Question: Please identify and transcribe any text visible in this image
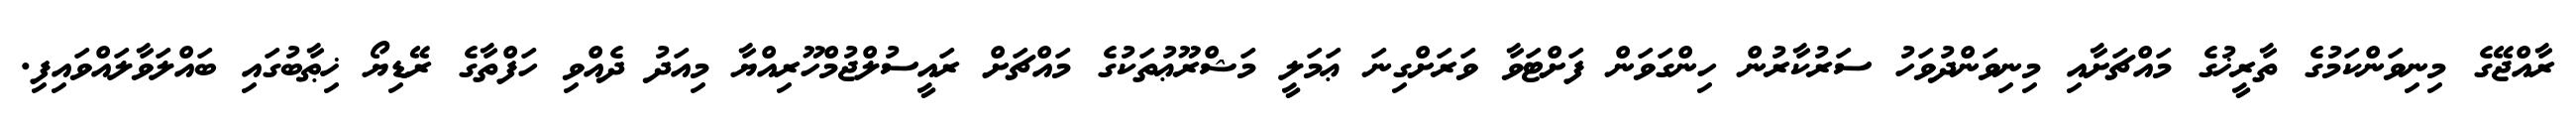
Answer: ރާއްޖޭގެ މިނިވަންކަމުގެ ތާރީޚުގެ މައްޗަށާއި މިނިވަންދުވަހު ސަރުކާރުން ހިންގަވަން ފަށްޓަވާ ވަރަށްގިނަ ޢަމަލީ މަޝްރޫޢުތަކުގެ މައްޗަށް ރައީސުލްޖުމްހޫރިއްޔާ މިއަދު ދެއްވި ހަފްތާގެ ރޭޑިޔޯ ޚިޠާބުގައި ބައްލަވާލައްވައިފި.